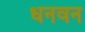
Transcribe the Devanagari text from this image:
धनवन